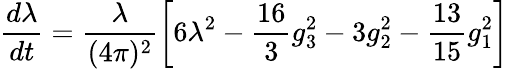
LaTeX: \frac{d\lambda}{dt}=\frac{\lambda}{(4\pi)^{2}}\left[6\lambda^{2}-\frac{16}{3}g_{3}^{2}-3g_{2}^{2}-\frac{13}{15}g_{1}^{2}\right]